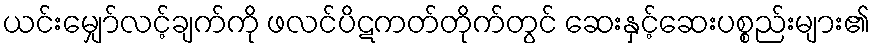
ယင်းမျှော်လင့်ချက်ကို ဖလင်ပိဋကတ်တိုက်တွင် ဆေးနှင့်ဆေးပစ္စည်းများ၏